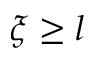
\xi \ge l